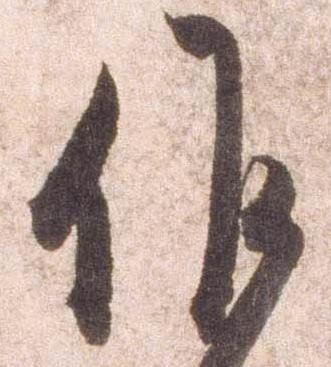
候